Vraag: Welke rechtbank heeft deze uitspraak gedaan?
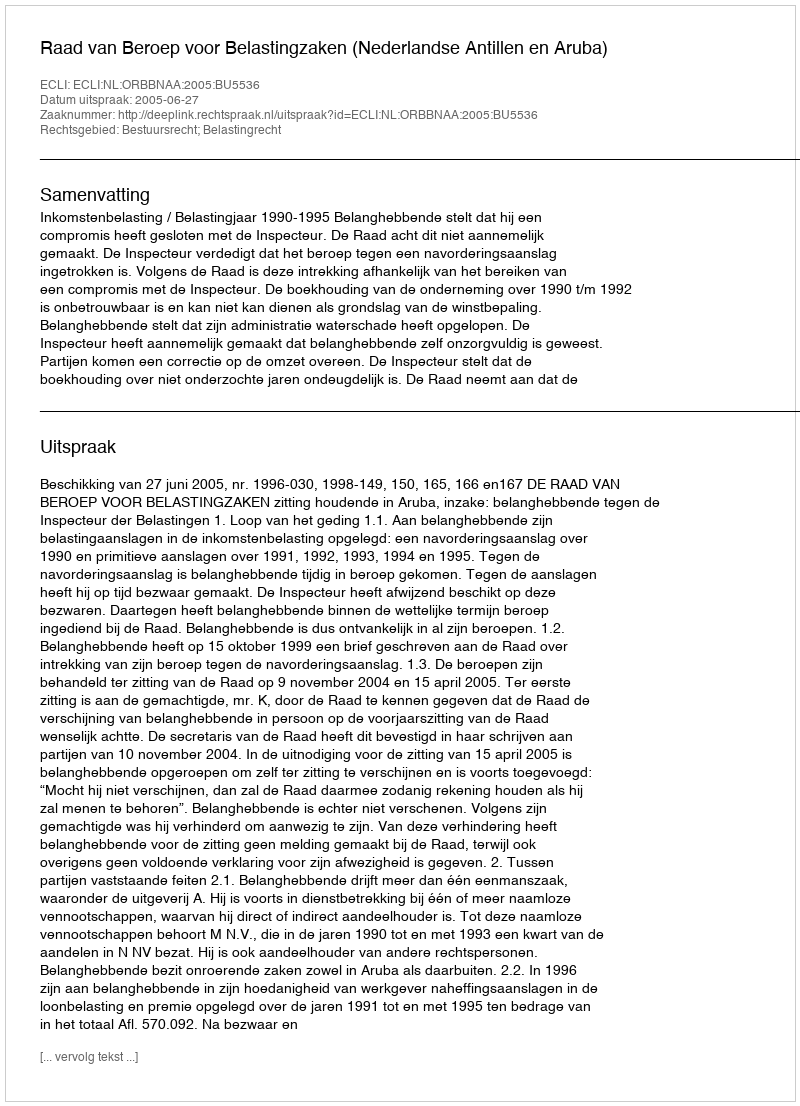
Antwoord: Raad van Beroep voor Belastingzaken (Nederlandse Antillen en Aruba)